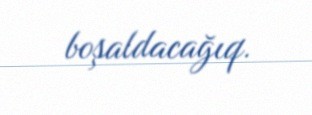
boşaldacağıq.